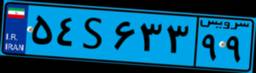
۵۴S۶۳۳۹۹